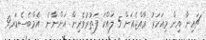
ޗައިނާ އިން މިއަހަރު ރާއްޖެއަށް 5 ލައްކަ ފަތުރުވެރިން އަންނާނެ  އެމްބެސެޑަރ9